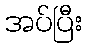
အပ်ပြီး